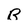
Character: R